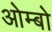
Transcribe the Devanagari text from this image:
ओम्बो